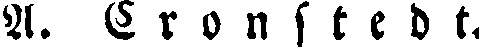
A. Cr o n st e d t.